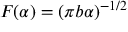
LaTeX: F ( \alpha ) = ( \pi b \alpha ) ^ { - 1 / 2 }